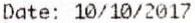
DATE: 10/10/2017